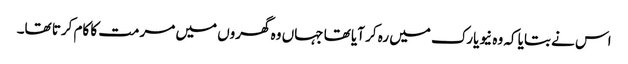
اس نے بتایا کہ وہ نیویارک میں رہ کر آیا تھا جہاں وہ گھروں میں مرمت کا کام کرتا تھا۔